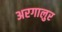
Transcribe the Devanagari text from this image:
अरगालुर